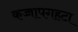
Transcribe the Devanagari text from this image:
कच्चापगहटा